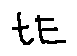
t E